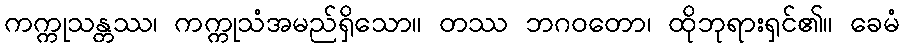
ကက္ကုသန္တဿ၊ ကက္ကုသံအမည်ရှိသော။ တဿ ဘဂဝတော၊ ထိုဘုရားရှင်၏။ ခေမံ